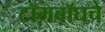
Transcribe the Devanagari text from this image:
टॉमबॉघचे